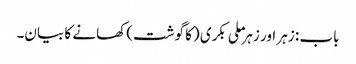
باب : زہر اور زہر ملی بکری (کا گوشت) کھانے کا بیان۔